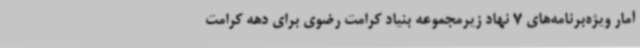
آمار ویژه‌برنامه‌های 7 نهاد زیرمجموعه بنیاد کرامت رضوی برای دهه کرامت